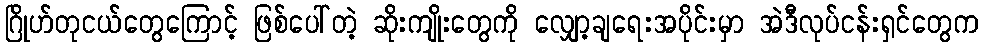
ဂြိုဟ်တုငယ်တွေကြောင့် ဖြစ်ပေါ်တဲ့ ဆိုးကျိုးတွေကို လျှော့ချရေးအပိုင်းမှာ အဲဒီလုပ်ငန်းရှင်တွေက